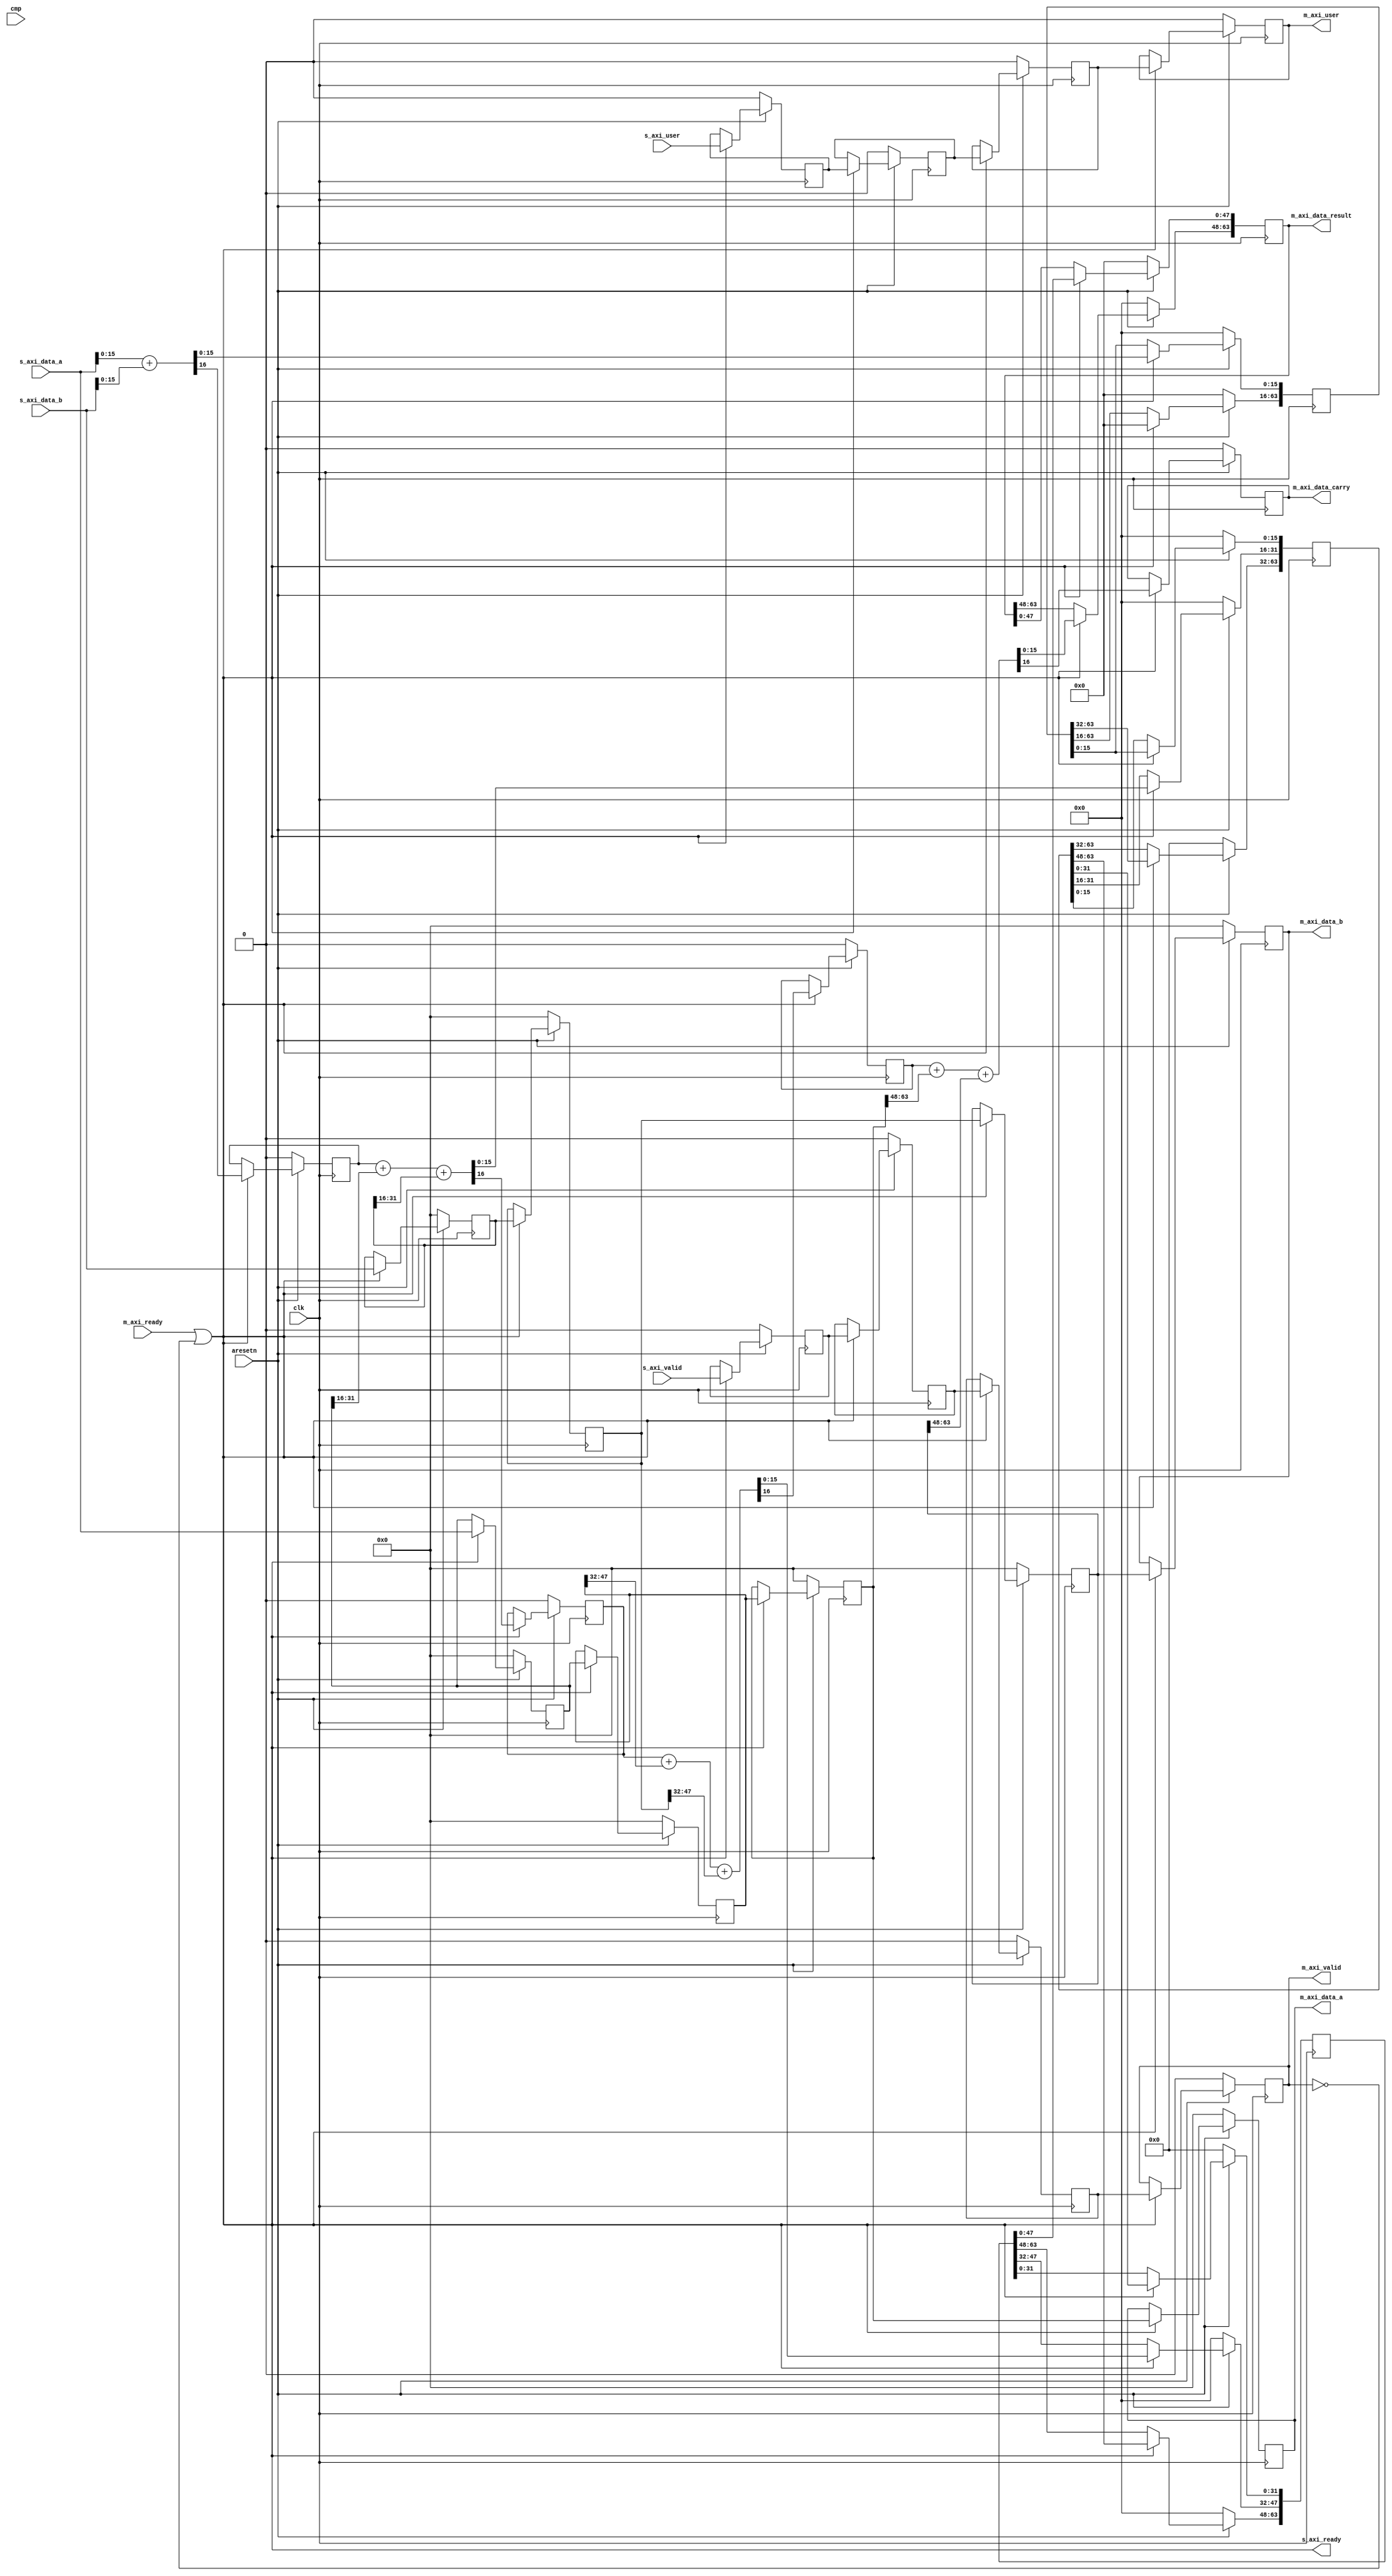
//untested

module axi_pipeline_add #(
  parameter DWIDTH = 64,
  parameter UWIDTH = 1,
  parameter CHUNK_SZ = 16
)(
  input               clk,
  input               aresetn,

  input [DWIDTH-1:0]  cmp,

  output              s_axi_ready,
  input               s_axi_valid,
  input [DWIDTH-1:0]  s_axi_data_a,
  input [DWIDTH-1:0]  s_axi_data_b,
  input [UWIDTH-1:0]  s_axi_user,

  input               m_axi_ready,
  output              m_axi_valid,
  output [DWIDTH-1:0] m_axi_data_a,
  output [DWIDTH-1:0] m_axi_data_b,
  output [DWIDTH-1:0] m_axi_data_result,
  output              m_axi_data_carry,
  output [UWIDTH-1:0] m_axi_user);

  localparam NUM_CHUNKS = DWIDTH/CHUNK_SZ;

  // @todo: add assert DWIDTH must be a multiple of CHUNK_SZ

  wire             advance;
  reg              valid [0:NUM_CHUNKS-1];
  reg [UWIDTH-1:0] user [0:NUM_CHUNKS-1];
  reg [DWIDTH-1:0] a [0:NUM_CHUNKS-1];
  reg [DWIDTH-1:0] b [0:NUM_CHUNKS-1];
  reg [DWIDTH-1:0] result [0:NUM_CHUNKS-1];
  reg              carry [0:NUM_CHUNKS-1];

  reg              c;
  reg [CHUNK_SZ-1:0] value;

  assign advance = m_axi_ready | ~valid[NUM_CHUNKS-1];
  assign s_axi_ready = advance;

  assign m_axi_valid = valid[NUM_CHUNKS-1];
  assign m_axi_data_a = a[NUM_CHUNKS-1];
  assign m_axi_data_b = b[NUM_CHUNKS-1];
  assign m_axi_data_result = result[NUM_CHUNKS-1];
  assign m_axi_data_carry = carry[NUM_CHUNKS-1];
  assign m_axi_user = user[NUM_CHUNKS-1];

  always @(posedge clk) begin: sync_proc
    integer i;

    if (aresetn == 1'b0) begin
      for (i=0; i < NUM_CHUNKS; i = i + 1) begin
        valid[i] <= 1'b0;
        user[i] <= 'd0;
        a[i] <= 'd0;
        b[i] <= 'd0;
        result[i] <= 'd0;
        carry[i] <= 'd0;
      end
    end else begin
      if (advance) begin
        valid[0] <= s_axi_valid;
        user[0] <= s_axi_user;
        a[0] <= s_axi_data_a;
        b[0] <= s_axi_data_b;

        {c, value} = s_axi_data_a[0 +: CHUNK_SZ] + s_axi_data_b[0 +: CHUNK_SZ];
        carry[0] <= c;
        result[0] <= 'd0;
        result[0][0 +: CHUNK_SZ] <= value;

        for (i=1; i < NUM_CHUNKS; i = i + 1) begin
          valid[i] <= valid[i - 1];
          user[i] <= user[i - 1];
          a[i] <= a[i - 1];
          b[i] <= b[i - 1];

          {c, value} = {{CHUNK_SZ-1{1'b0}}, carry[i-1]} +
                       a[i-1][i*CHUNK_SZ +: CHUNK_SZ] +
                       b[i-1][i*CHUNK_SZ +: CHUNK_SZ];
          carry[i] <= c;

          result[i] <= result[i-1];
          result[i][i*CHUNK_SZ +: CHUNK_SZ] <= value;
        end
      end
    end
  end

endmodule